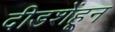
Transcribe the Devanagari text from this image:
दीडशेंहून